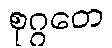
စုဂ္ဂတေ